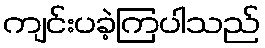
ကျင်းပခဲ့ကြပါသည်